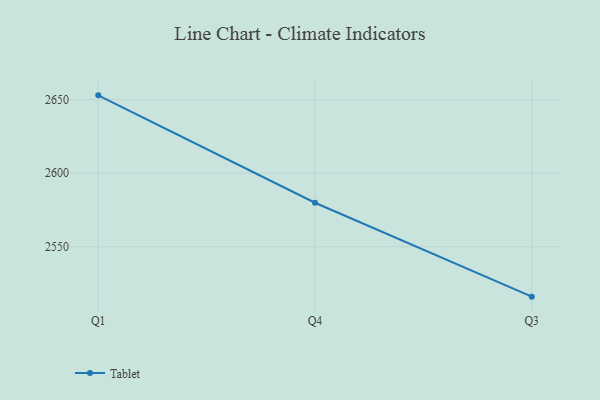
{"axis": {"x": "Quarter", "y": "Gross Profit (USD K)"}, "legend": ["Tablet"], "data": [{"x": "Q1", "y": 2653.0, "type": "Tablet"}, {"x": "Q4", "y": 2579.9, "type": "Tablet"}, {"x": "Q3", "y": 2516.0, "type": "Tablet"}]}